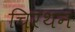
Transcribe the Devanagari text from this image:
चिरथन